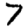
Digit: 7